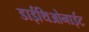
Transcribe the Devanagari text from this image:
डाईथिओनाईट